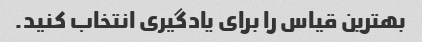
بهترین قیاس را برای یادگیری انتخاب کنید.